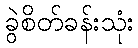
ခွဲစိတ်ခန်းသုံး